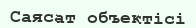
Саясат объектісі